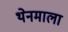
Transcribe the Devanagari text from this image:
थेनमाला